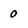
Character: 0